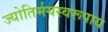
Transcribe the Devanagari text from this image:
ज्योतिर्मयस्वरूपाय